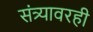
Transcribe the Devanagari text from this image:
संत्र्यावरही